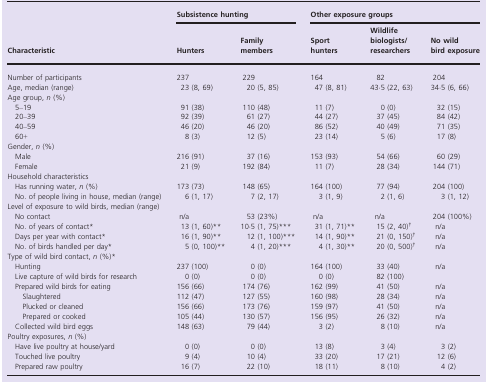
<table><thead><tr><td rowspan="3"><b>Characteristic</b></td><td colspan="2"><b>Subsistence hunting</b></td><td colspan="3"><b>Other exposure groups</b></td></tr><tr><td><b>Hunters</b></td><td><b>Family members</b></td><td><b>Sport hunters</b></td><td><b>Wildlife biologists/researchers</b></td><td><b>No wild bird exposure</b></td></tr></thead><tbody><tr><td>Number of participants</td><td>237</td><td>229</td><td>164</td><td>82</td><td>204</td></tr><tr><td>Age, median (range)</td><td>23 (8, 69)</td><td>20 (5, 85)</td><td>47 (8, 81)</td><td>43·5 (22, 63)</td><td>34·5 (6, 66)</td></tr><tr><td colspan="6">Age group, <i>n</i> (%)</td></tr><tr><td> 5–19</td><td>91 (38)</td><td>110 (48)</td><td>11 (7)</td><td>0 (0)</td><td>32 (15)</td></tr><tr><td> 20–39</td><td>92 (39)</td><td>61 (27)</td><td>44 (27)</td><td>37 (45)</td><td>84 (42)</td></tr><tr><td> 40–59</td><td>46 (20)</td><td>46 (20)</td><td>86 (52)</td><td>40 (49)</td><td>71 (35)</td></tr><tr><td> 60+</td><td>8 (3)</td><td>12 (5)</td><td>23 (14)</td><td>5 (6)</td><td>17 (8)</td></tr><tr><td colspan="6">Gender, <i>n</i> (%)</td></tr><tr><td> Male</td><td>216 (91)</td><td>37 (16)</td><td>153 (93)</td><td>54 (66)</td><td>60 (29)</td></tr><tr><td> Female</td><td>21 (9)</td><td>192 (84)</td><td>11 (7)</td><td>28 (34)</td><td>144 (71)</td></tr><tr><td colspan="6">Household characteristics</td></tr><tr><td> Has running water, <i>n</i> (%)</td><td>173 (73)</td><td>148 (65)</td><td>164 (100)</td><td>77 (94)</td><td>204 (100)</td></tr><tr><td> No. of people living in house, median (range)</td><td>6 (1, 17)</td><td>7 (2, 17)</td><td>3 (1, 9)</td><td>2 (1, 6)</td><td>3 (1, 12)</td></tr><tr><td colspan="6">Level of exposure to wild birds, median (range)</td></tr><tr><td> No contact</td><td>n/a</td><td>53 (23%)</td><td>n/a</td><td>n/a</td><td>204 (100%)</td></tr><tr><td> No. of years of contact*</td><td>13 (1, 60)**</td><td>10·5 (1, 75)***</td><td>31 (1, 71)**</td><td>15 (2, 40)†</td><td>n/a</td></tr><tr><td> Days per year with contact*</td><td>16 (1, 90)**</td><td>12 (1, 100)***</td><td>14 (1, 90)**</td><td>21 (0, 150)†</td><td>n/a</td></tr><tr><td> No. of birds handled per day*</td><td>5 (0, 100)**</td><td>4 (1, 20)***</td><td>4 (1, 30)**</td><td>20 (0, 500)†</td><td>n/a</td></tr><tr><td colspan="6">Type of wild bird contact, <i>n</i> (%)*</td></tr><tr><td> Hunting</td><td>237 (100)</td><td>0 (0)</td><td>164 (100)</td><td>33 (40)</td><td>n/a</td></tr><tr><td> Live capture of wild birds for research</td><td>0 (0)</td><td>0 (0)</td><td>0 (0)</td><td>82 (100)</td><td></td></tr><tr><td> Prepared wild birds for eating</td><td>156 (66)</td><td>174 (76)</td><td>162 (99)</td><td>41 (50)</td><td>n/a</td></tr><tr><td>Slaughtered</td><td>112 (47)</td><td>127 (55)</td><td>160 (98)</td><td>28 (34)</td><td>n/a</td></tr><tr><td>Plucked or cleaned</td><td>156 (66)</td><td>173 (76)</td><td>159 (97)</td><td>41 (50)</td><td>n/a</td></tr><tr><td>Prepared or cooked</td><td>105 (44)</td><td>130 (57)</td><td>156 (95)</td><td>26 (32)</td><td>n/a</td></tr><tr><td> Collected wild bird eggs</td><td>148 (63)</td><td>79 (44)</td><td>3 (2)</td><td>8 (10)</td><td>n/a</td></tr><tr><td colspan="6">Poultry exposures, <i>n</i> (%)</td></tr><tr><td> Have live poultry at house/yard</td><td>0 (0)</td><td>0 (0)</td><td>13 (8)</td><td>3 (4)</td><td>3 (2)</td></tr><tr><td> Touched live poultry</td><td>9 (4)</td><td>10 (4)</td><td>33 (20)</td><td>17 (21)</td><td>12 (6)</td></tr><tr><td> Prepared raw poultry</td><td>16 (7)</td><td>22 (10)</td><td>18 (11)</td><td>8 (10)</td><td>4 (2)</td></tr></tbody></table>